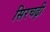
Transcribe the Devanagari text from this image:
सिरचढ़ी